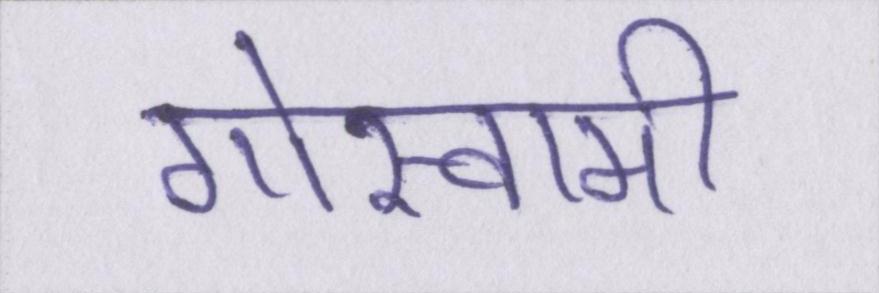
गोस्वामी